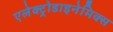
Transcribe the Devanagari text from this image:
एलेक्ट्रोडाइनेमिक्स